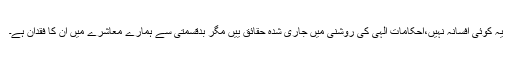
یہ کوئی افسانہ نہیں،احکامات الہیٰ کی روشنی میں جاری شدہ حقائق ییں مگر بدقسمتی سے ہمارے معاشرے میں ان کا فقدان ہے۔